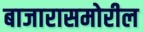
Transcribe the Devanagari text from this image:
बाजारासमोरील